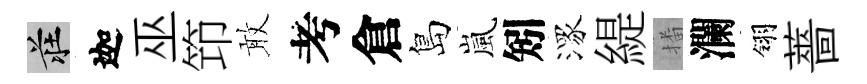
莊迦巫笻敢考倉島嵐矧潈緹播瀾翎薔